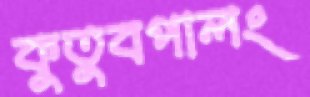
কুতুবপালং